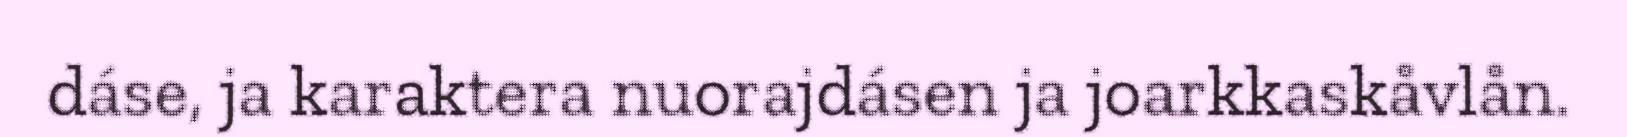
dáse, ja karaktera nuorajdásen ja joarkkaskåvlån.